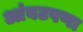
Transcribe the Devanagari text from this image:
आंबटपणा